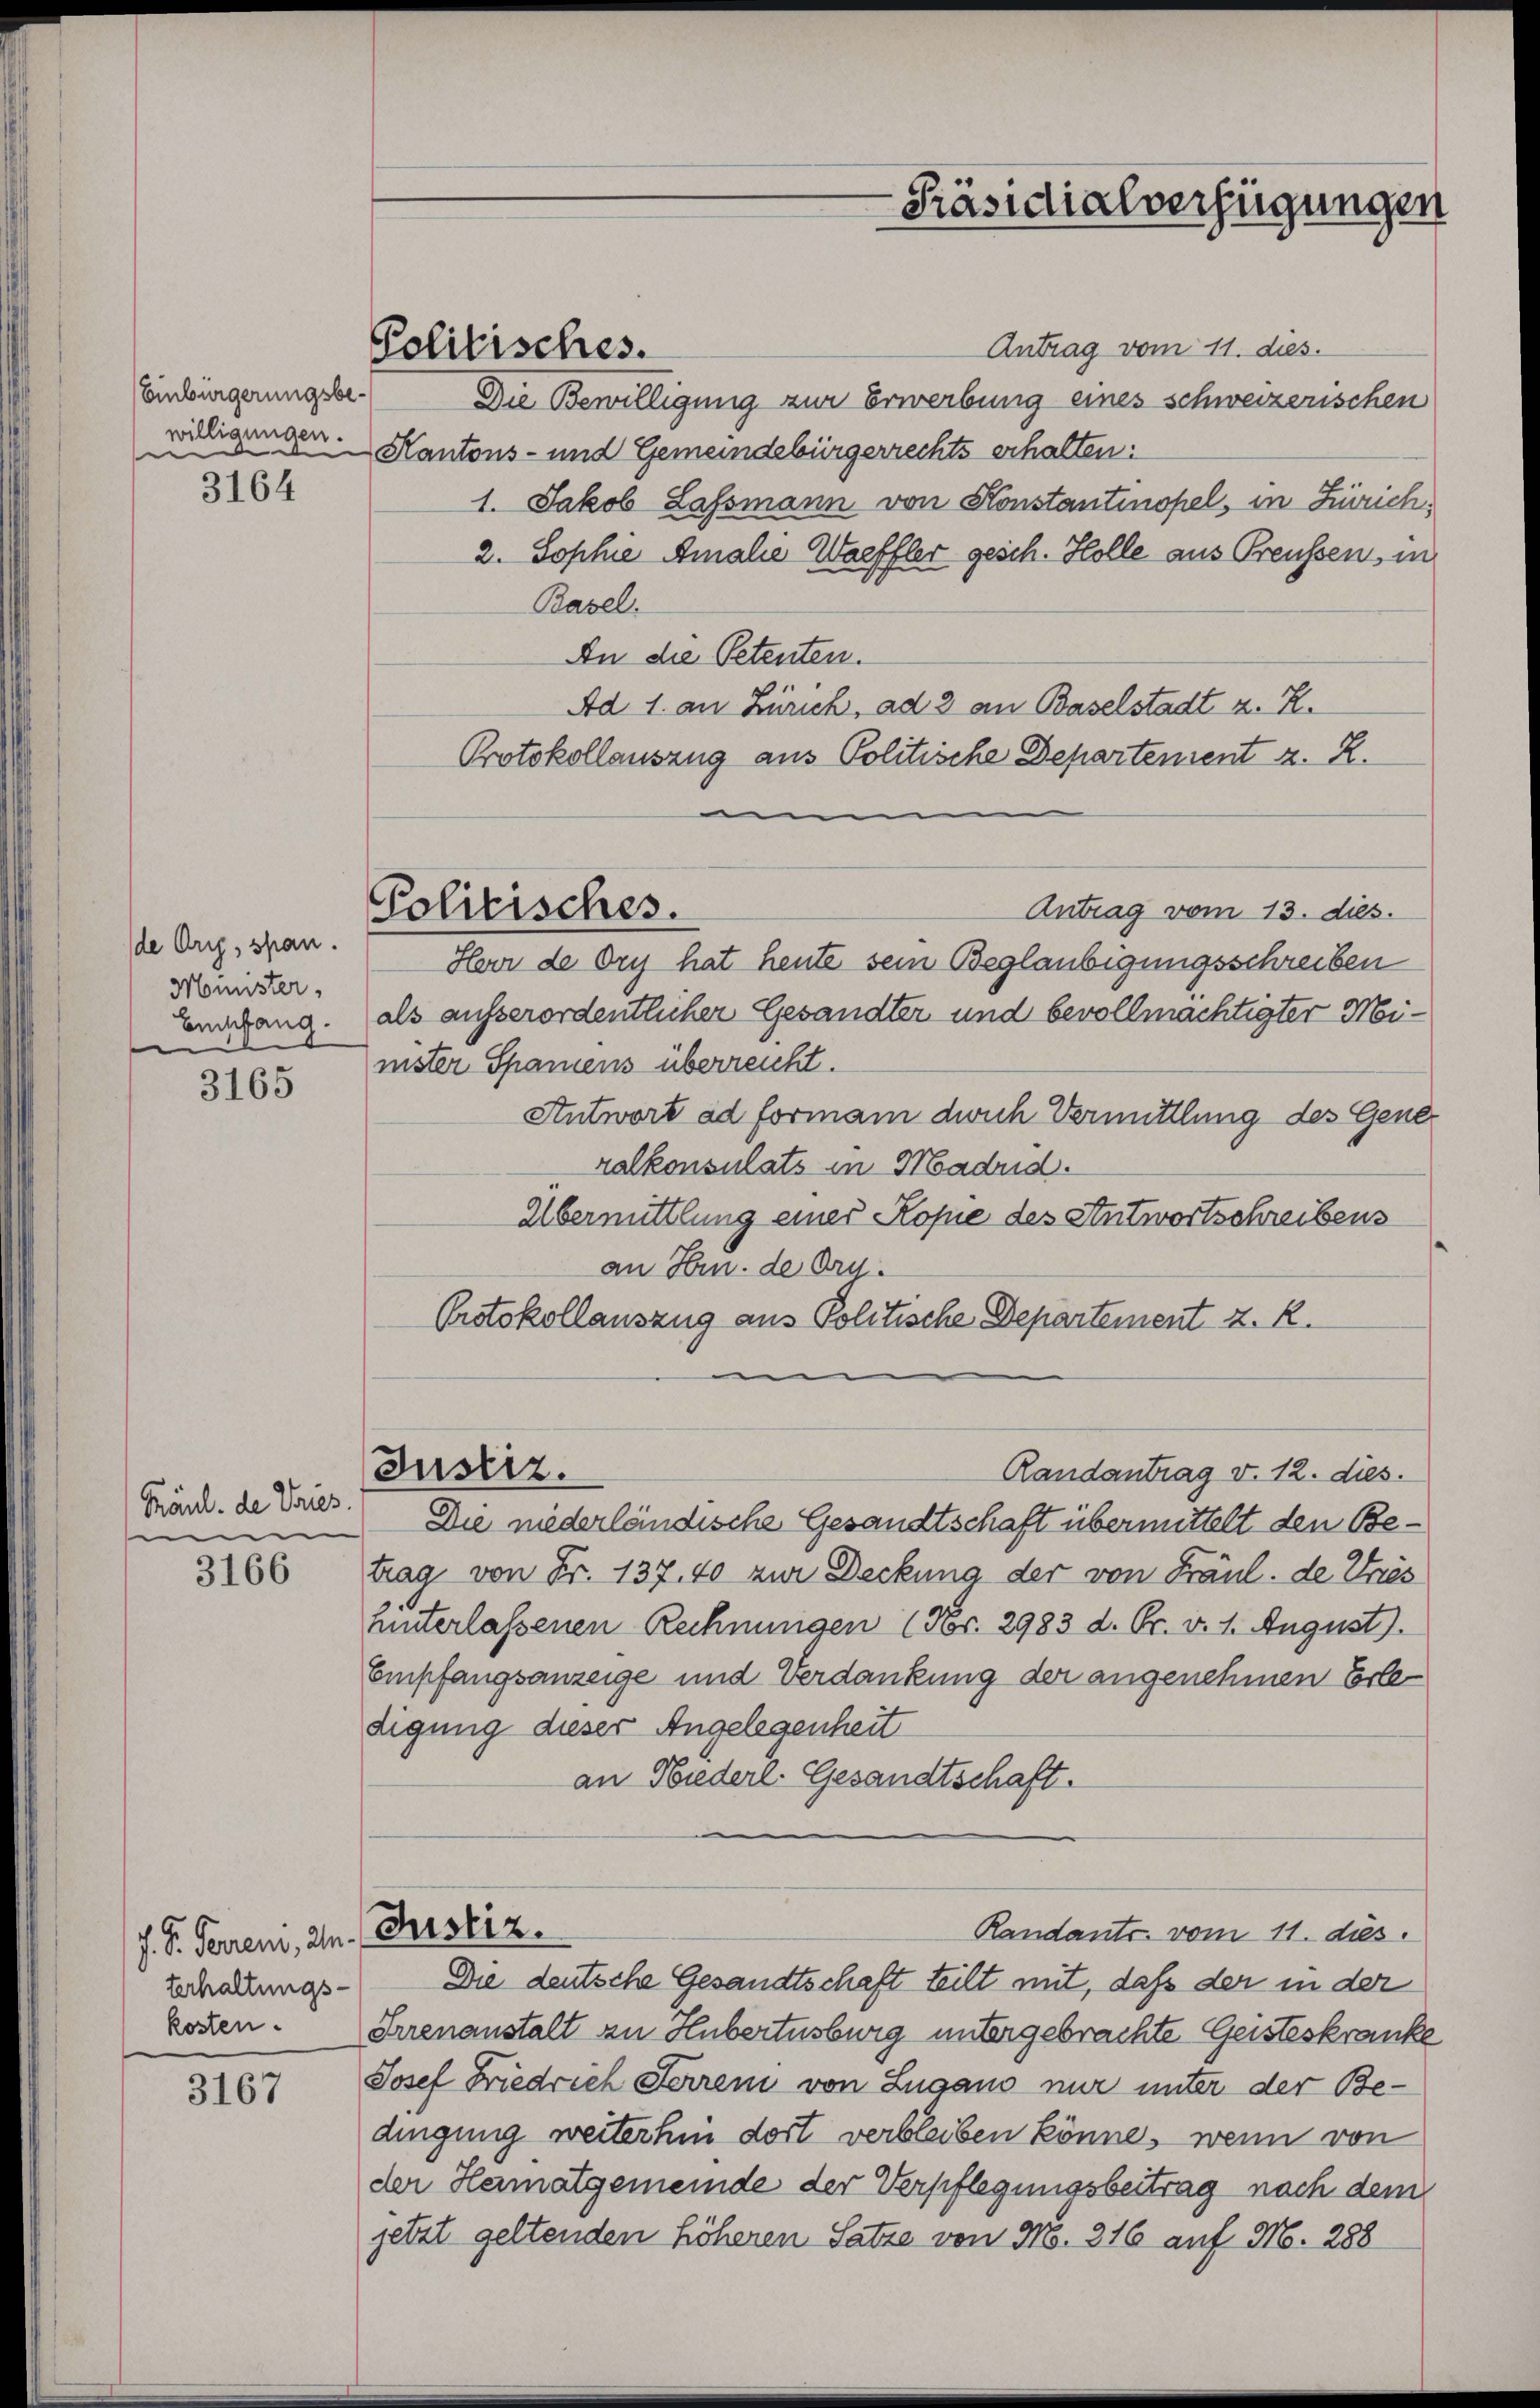
3164

de Orig, span.
Minister,
Beischang.

3165

Käul. de Vries.
e

3166

3167

J. S. Ferreni, 2.
terhaltungs-

Einbürgerungsbewilligungen.
e
u
e

Antrag vom 11. dies.
Die Bewilligung zur Erwerbung eines schweizerischen
Kantons- und Gemeindebürgerrechts erhalten:
1. Jakob Lassmann von Konstantinopel, in Zürich¬
2. Sophie Amalie Waeffler gesch. Holle aus Preussen, in
Basel.
An die Petenten.
Ad 1. an Zürich, ad 3 an Baselstadt z. Z.
Protokollauszug aus Politische Departenient z. R.
m
Antrag vom 13. dies.
Politisches.
Herr de Ory hat heute sein Beglaubigungsschreiben
als ausserordentlicher Gesandter und bevollmächtigter Meiister Spaniens überreicht.
Antwort ad formani durch Vermittlung des Gene
ralkonsulats in Moadud.
Übermittlung eines Kopie des Antwortschreibens
an Hrn. de Org.
Protokollauszug aus Politische Departement z. R.

Politisches.

Justiz.

-Präsidialverfügungen

Randantrag v. 12. dies
Die niederländische Gesandtschaft übermittelt den Betrag von Fr. 137, 40 zur Deckung der von Fräul. de Vries
hinterlassenen Rechnungen (Nr. 2983 d. Gr. v. 1. August).
Empfangsanzeige und Verdankung der angenehmen Erle
digung dieser Angelegenheit
an Niederl. Gesandtschaft.
Justiz.
Randants. vom 11. dies
Die deutsche Gesandtschaft teilt mit, daß der in der
kosen. Grenanstalt zu Hubertnsburg untergebrachte Geisteskranke
Josef Friedrich Ferren von Lugano nur unter der Bedingung weiterhin dort verbleiben könne, wenn von
der Heimatgemeinde der Verpflegungsbeitrag nach dem
jetzt geltenden höheren Satze von No. 316 auf Mo. 288